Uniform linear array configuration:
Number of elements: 24
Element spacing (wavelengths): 0.25
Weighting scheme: cosine
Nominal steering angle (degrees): -15
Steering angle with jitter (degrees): -16.552
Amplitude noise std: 0.05
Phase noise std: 0.05

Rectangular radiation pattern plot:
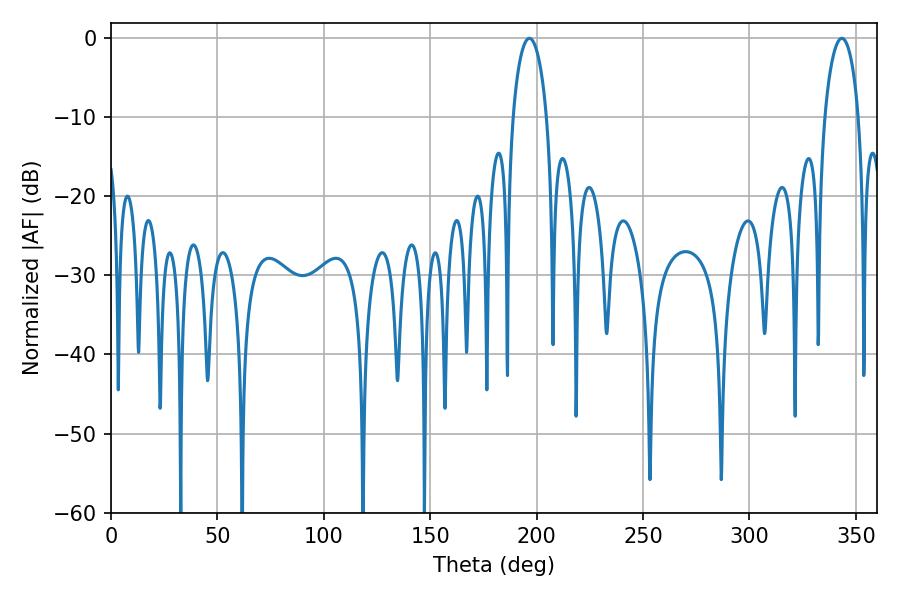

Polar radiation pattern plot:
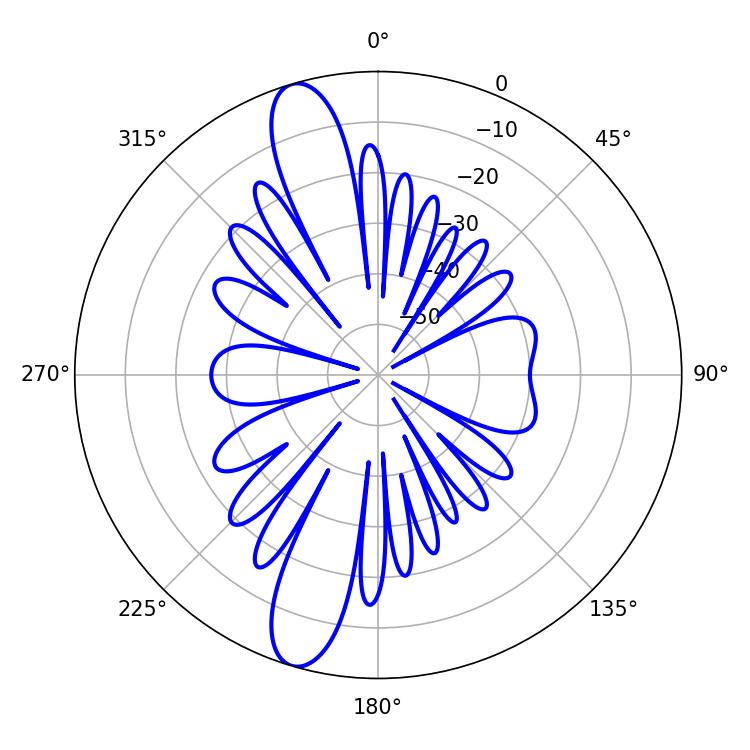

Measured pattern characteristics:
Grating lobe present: FALSE
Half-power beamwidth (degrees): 9.18
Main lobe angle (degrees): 196.56